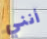
أنني